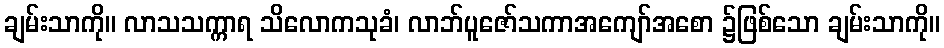
ချမ်းသာကို။ လာသသက္ကာရ သိလောကသုခံ၊ လာဘ်ပူဇော်သကာအကျော်အစော ၌ဖြစ်သော ချမ်းသာကို။